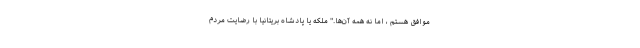
موافق هستم ، اما نه همه آن‌ها." ملکه یا پادشاه بریتانیا با رضایت مردم